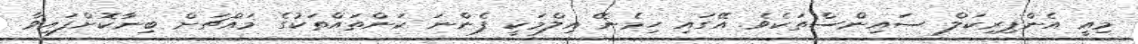
މިއީ އެންޕިރިކަލް ސައިންސްތަކެވެ. އޭގައި ހިމެނޭ އިލްމަކީ ފެންނަ ކަންތައްތަކުގެ މައްޗަށް ބިނާކޮށްފައިވާ